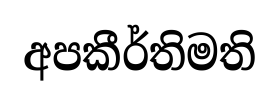
අපකීර්තිමති